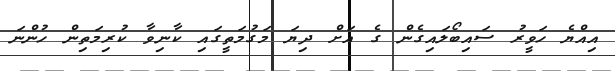
އިއްޔެ ހަވީރު ސައިބޯލައިގެން ގެ އަށް ދިޔަ މަގުމަތީގައި ކާނިވާ ކުރިމަތިން ހުންނަ